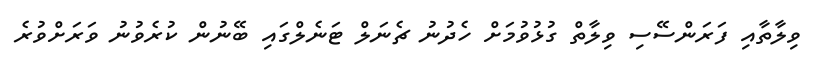
ވިލާތާއި ފަރަންސޭސި ވިލާތް ގުޅުވުމަށް ހެދުނު ޗެނަލް ޓަނެލްގައި ބޭނުން ކުރެވުނު ވަރަށްވުރެ